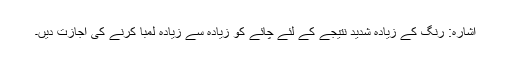
اشارہ: رنگ کے زیادہ شدید نتیجے کے لئے چائے کو زیادہ سے زیادہ لمبا کرنے کی اجازت دیں۔